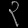
Digit: ၃